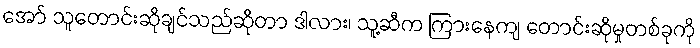
အော် သူတောင်းဆိုချင်သည်ဆိုတာ ဒါလား၊ သူ့ဆီက ကြားနေကျ တောင်းဆိုမှုတစ်ခုကို